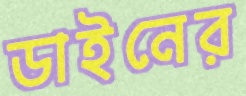
ডাইনের